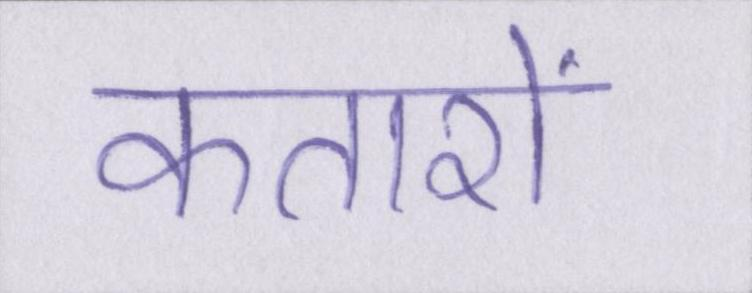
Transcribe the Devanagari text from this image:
कतारों